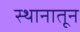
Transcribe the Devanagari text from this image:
स्थानातून